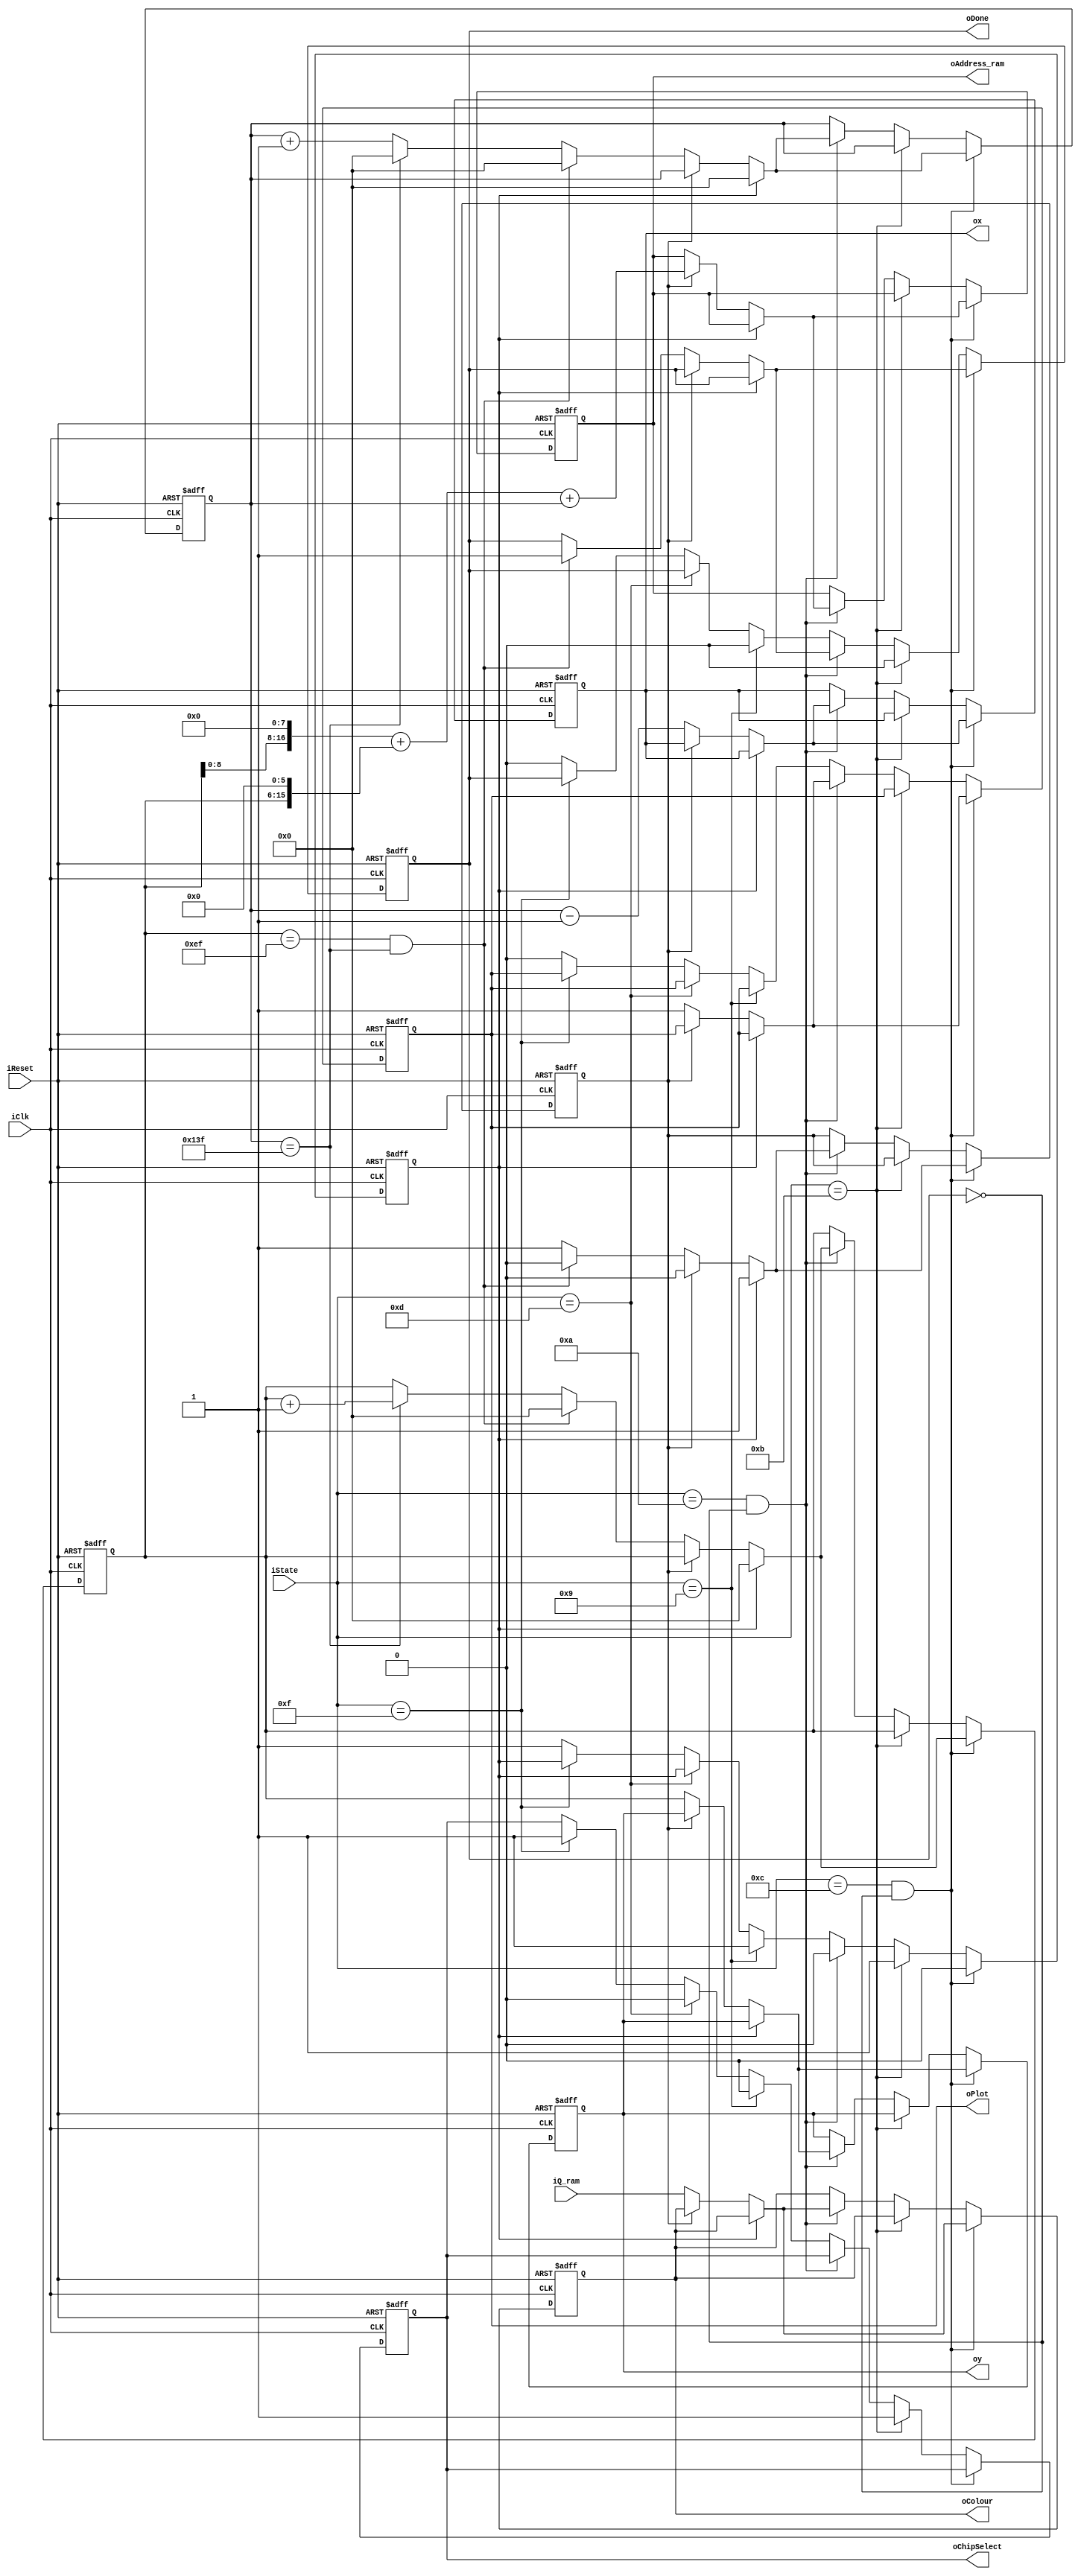
`timescale 1 ns / 1 ns
module ramDatapath
    #(
	parameter SCREEN_WIDTH = 320,
	parameter SCREEN_HEIGHT = 240
	)
    (
    iClk,
    iReset,
    iState,
    oDone,
    iQ_ram,
    oAddress_ram,
    oColour,
    oPlot,
    ox,
    oy,
    oChipSelect
);
input wire iClk, iReset;
input wire [4:0] iState;

//output to fsm
output reg oDone, oChipSelect;

//data read signals for first buffer
input wire [8:0] iQ_ram;
output reg [16:0] oAddress_ram;
//removed wren as the controlpath and memory controller's chipselect and datapath select signals should handle when we are reading from memory

//output to VGA
output reg [8:0] oColour;
output reg oPlot;
output reg [$clog2(SCREEN_WIDTH > SCREEN_HEIGHT ? SCREEN_WIDTH:SCREEN_HEIGHT):0] ox, oy;

//internal wires
reg [$clog2(SCREEN_WIDTH > SCREEN_HEIGHT ? SCREEN_WIDTH:SCREEN_HEIGHT):0] x_count, y_count;
reg load_mem, start_load;

//relevant memory states
localparam  IDLE = 5'd0,
            CHANGE_STATE0 = 5'd9,
            CHANGE_STATE0_LOAD = 5'd10,
            CHANGE_STATE1 = 5'd11,
            CHANGE_STATE1_LOAD = 5'd12,
				CLEAR_RESET_WAIT0 = 5'd13,
				CLEAR_RESET_SLOT0 = 5'd14,
				CLEAR_RESET_WAIT1 = 5'd15,
				CLEAR_RESET_SLOT1 = 5'd16;
				
always@ (posedge iClk, negedge iReset) begin
    if(!iReset) begin
        x_count <= 0;
        y_count <= 0;
        load_mem <= 0;
		  oAddress_ram <= 0;
        oDone <= 0;
        ox <= 0;
        oy <= 0;
        oColour <= 9'b111111111;
        oPlot <= 0;
        start_load <= 0;
        oChipSelect <= 0;
    end
    else begin
	 
        // load from memory state 1
        if(iState == CHANGE_STATE1_LOAD && !oDone) begin
            if(start_load)begin //if we just started to load from memory then reset the counts
                x_count <= 0;
                y_count <= 0;
                start_load <= 0;
                load_mem <= 1;
            end
            else if(load_mem)begin //to load a pixel from memory, pass address into BRAM module 1
                load_mem <= 0;
                oAddress_ram <= ({1'b0, y_count, 8'd0} + {1'b0, y_count, 6'd0} + {1'b0, x_count});
            end
            else if(!load_mem)begin //to draw, enable plot and load the x, y, and c registers
					  oColour <= iQ_ram;
					  ox <= x_count-1;
					  oy <= y_count;
					  oPlot <= 1;
                if(y_count == SCREEN_HEIGHT-1 && x_count == SCREEN_WIDTH -1)begin //if we are at the bottom right pixel then we are Done drawing the frame
                    oDone <= 1; 
                    x_count <= 0;
                    y_count <= 0;
                end
                else if(x_count == SCREEN_WIDTH-1)begin //finished drawing row
                    y_count <= y_count+1;
                    x_count <= 0;
                    load_mem <= 1; 
                end
                else begin //increment x counter (somewhere in the middle of the screen)
                    x_count <= x_count+1;
                    load_mem <= 1;
                end
            end
        end
        else if(iState == CHANGE_STATE1) begin
            start_load <= 1;
            oChipSelect <= 1;
            oDone <= 0;
        end
         // load from memory state 0
        else if(iState == CHANGE_STATE0_LOAD && !oDone) begin
            if(start_load)begin //if we just started to load from memory then reset the counts
                x_count <= 0;
                y_count <= 0;
                start_load <= 0;
                load_mem <= 1;
            end
            else if(load_mem)begin //to load a pixel from memory, pass address into BRAM module 0
                load_mem <= 0;
                oAddress_ram <= ({1'b0, y_count, 8'd0} + {1'b0, y_count, 6'd0} + {1'b0, x_count});
            end
            else if(!load_mem)begin //to draw, enable plot and load the x, y, and c registers
                oColour <= iQ_ram;
                ox <= x_count-1;
                oy <= y_count;  
					 oPlot  <= 1;
                if(y_count == SCREEN_HEIGHT-1 && x_count == SCREEN_WIDTH -1)begin 
                    oDone <= 1; //if we are at the bottom right pixel then we are Done drawing the frame
                    x_count <= 0;
                    y_count <= 0;
                    //hacckasnu
                end
                else if(x_count == SCREEN_WIDTH-1)begin //finished drawing row
                    y_count <= y_count+1;
                    x_count <= 0;
                    load_mem <= 1; 
                end
                else begin //increment x counter (somewhere in the middle of the screen)
                    x_count <= x_count+1;
                    load_mem <= 1;
                end
            end
        end
        else if(iState == CHANGE_STATE0) begin
            start_load <= 1;
            oChipSelect <= 0;
            oDone <= 0;
        end
		  
		  else if (iState == CLEAR_RESET_WAIT0) oChipSelect <= 0;
		  
		  else if (iState == CLEAR_RESET_WAIT1) oChipSelect <= 1;
		  
		  // Default case should set plot to 0
		  else
				begin
					oPlot <= 0;
					oDone <= 0;
					start_load <= 1;
				end
    end
end
        

endmodule